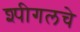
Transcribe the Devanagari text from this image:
श्पीगलचे